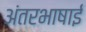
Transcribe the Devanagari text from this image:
अंतरभाषाई